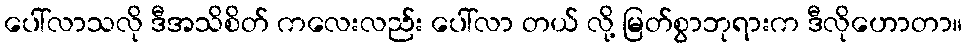
ပေါ်လာသလို ဒီအသိစိတ် ကလေးလည်း ပေါ်လာ တယ် လို့ မြတ်စွာဘုရားက ဒီလိုဟောတာ။